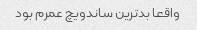
واقعا بدترین ساندویچ عمرم بود